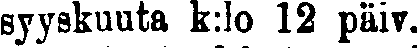
Syyskuuta k:lo 12 päiv.